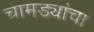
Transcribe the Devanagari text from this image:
चामड्यांचा